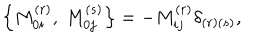
LaTeX: \left\{ M _ { 0 i } ^ { ( r ) } , \ M _ { 0 j } ^ { ( s ) } \right\} = - M _ { i j } ^ { ( r ) } \delta _ { \left( r \right) \left( s \right) } ,